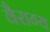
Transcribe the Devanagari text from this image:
वैराग्‍य